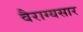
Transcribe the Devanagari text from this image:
वैराग्यसार